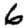
Digit: 6